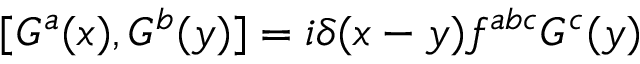
[ G ^ { a } ( x ) , G ^ { b } ( y ) ] = i \delta ( x - y ) f ^ { a b c } G ^ { c } ( y )